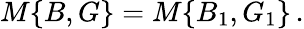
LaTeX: M\{ B,G\} =M\{ B_{1},G_{1}\} \, .